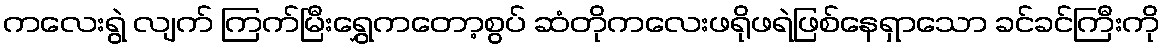
ကလေးရွဲ လျက် ကြက်မြီးရွှေကတော့စွပ် ဆံတိုကလေးဖရိုဖရဲဖြစ်နေရှာသော ခင်ခင်ကြီးကို